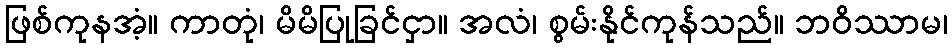
ဖြစ်ကုနအံ့။ ကာတုံ၊ မိမိပြုခြင်ငှာ။ အလံ၊ စွမ်းနိုင်ကုန်သည်။ ဘဝိဿာမ၊